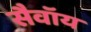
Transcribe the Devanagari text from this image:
सैवॉय